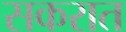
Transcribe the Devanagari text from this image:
सकरात